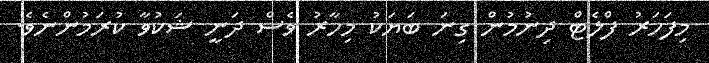
މިފަހަރު ފްލެޓް ދިނުމުން ގިނަ ބަޔަކު މިހާރު ވެސް ދަނީ ޝަކުވާ ކުރަމުންނެވެ.